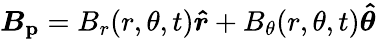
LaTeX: \boldsymbol{B_{\mathrm{p}}}=B_{r}(r,\theta,t)\boldsymbol{\hat{r}}+B_{\theta}(r,\theta,t)\boldsymbol{\hat{\theta}}